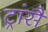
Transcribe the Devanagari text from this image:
ट्रांसै